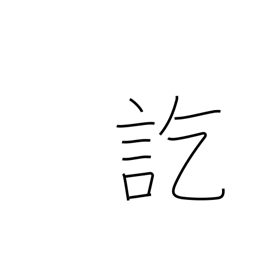
Meaning: finally